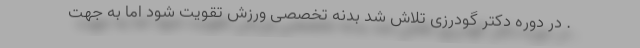
. در دوره دکتر گودرزی تلاش شد بدنه تخصصی ورزش تقویت شود اما به جهت